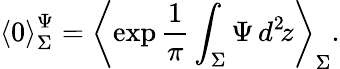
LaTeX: {\langle 0\rangle}_{\Sigma}^{\Psi}=\left\langle\exp\frac{1}{\pi}\int_{\Sigma}\Psi\, d^{2}\! z\right\rangle_{\Sigma}.